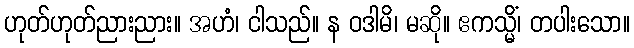
ဟုတ်ဟုတ်ညားညား။ အဟံ၊ ငါသည်။ န ဝဒါမိ၊ မဆို။ ဧကသ္မိံ၊ တပါးသော။